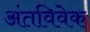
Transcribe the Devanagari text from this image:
अंतविवेक